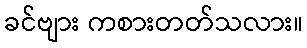
ခင်ဗျား ကစားတတ်သလား။